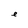
Character: e